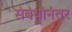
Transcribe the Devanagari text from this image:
संबंधांनंतर